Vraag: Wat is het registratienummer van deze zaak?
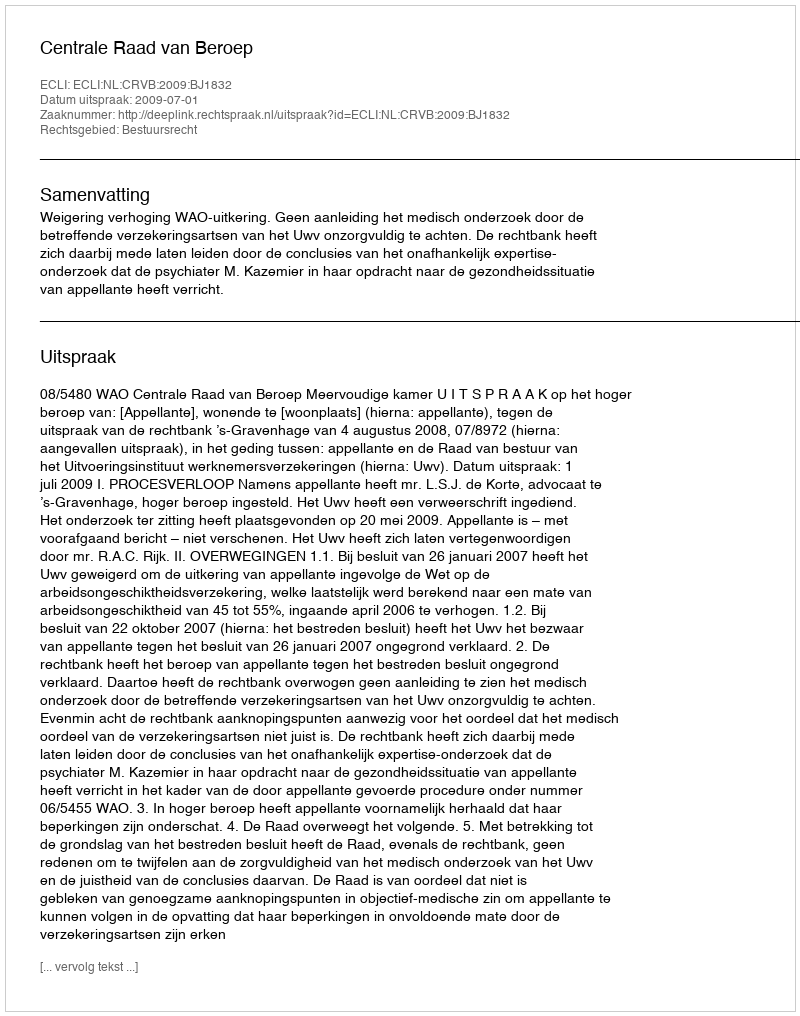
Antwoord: http://deeplink.rechtspraak.nl/uitspraak?id=ECLI:NL:CRVB:2009:BJ1832